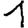
Digit: 1